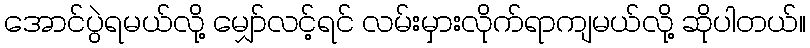
အောင်ပွဲရမယ်လို့ မျှော်လင့်ရင် လမ်းမှားလိုက်ရာကျမယ်လို့ ဆိုပါတယ်။